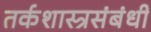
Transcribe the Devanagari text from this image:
तर्कशास्त्रसंबंधी